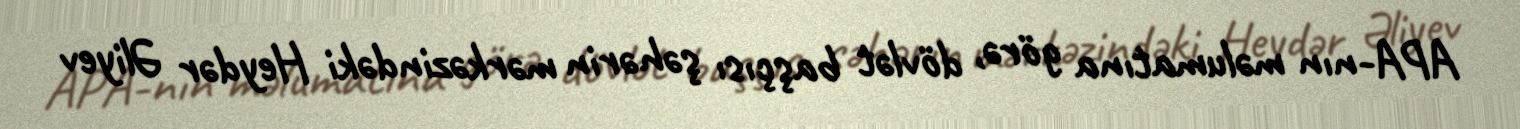
APA-nın məlumatına görə, dövlət başçısı şəhərin mərkəzindəki Heydər Əliyev